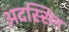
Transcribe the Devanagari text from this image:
अदस्सिन